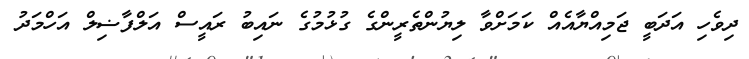
ދިވެހި އަދަބީ ޖަމިއްޔާއެއް ކަމަށްވާ ލިޔުންތެރީންގެ ގުޅުމުގެ ނައިބު ރައީސް އަލްފާޟިލް އަހްމަދު